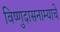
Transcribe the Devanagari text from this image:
विष्णुदासनाम्याचे